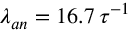
\lambda _ { a n } = 1 6 . 7 \, \tau ^ { - 1 }